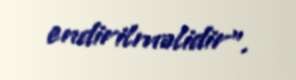
endirilməlidir”.